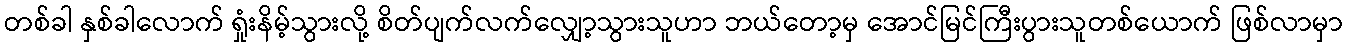
တစ်ခါ နှစ်ခါလောက် ရှုံးနိမ့်သွားလို့ စိတ်ပျက်လက်လျှော့သွားသူဟာ ဘယ်တော့မှ အောင်မြင်ကြီးပွားသူတစ်ယောက် ဖြစ်လာမှာ